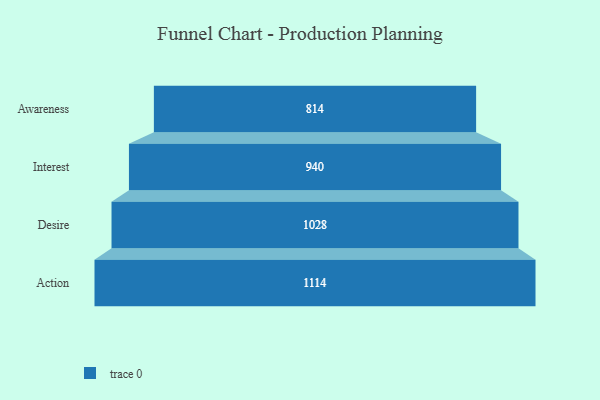
{"axis": {"x": "Stage", "y": "Value"}, "legend": [""], "data": [{"x": "Awareness", "y": 814.0, "type": ""}, {"x": "Interest", "y": 940.0, "type": ""}, {"x": "Desire", "y": 1028.0, "type": ""}, {"x": "Action", "y": 1114.0, "type": ""}]}